Eesti_Vabariigi_Tartu_Ulikool, lk 58
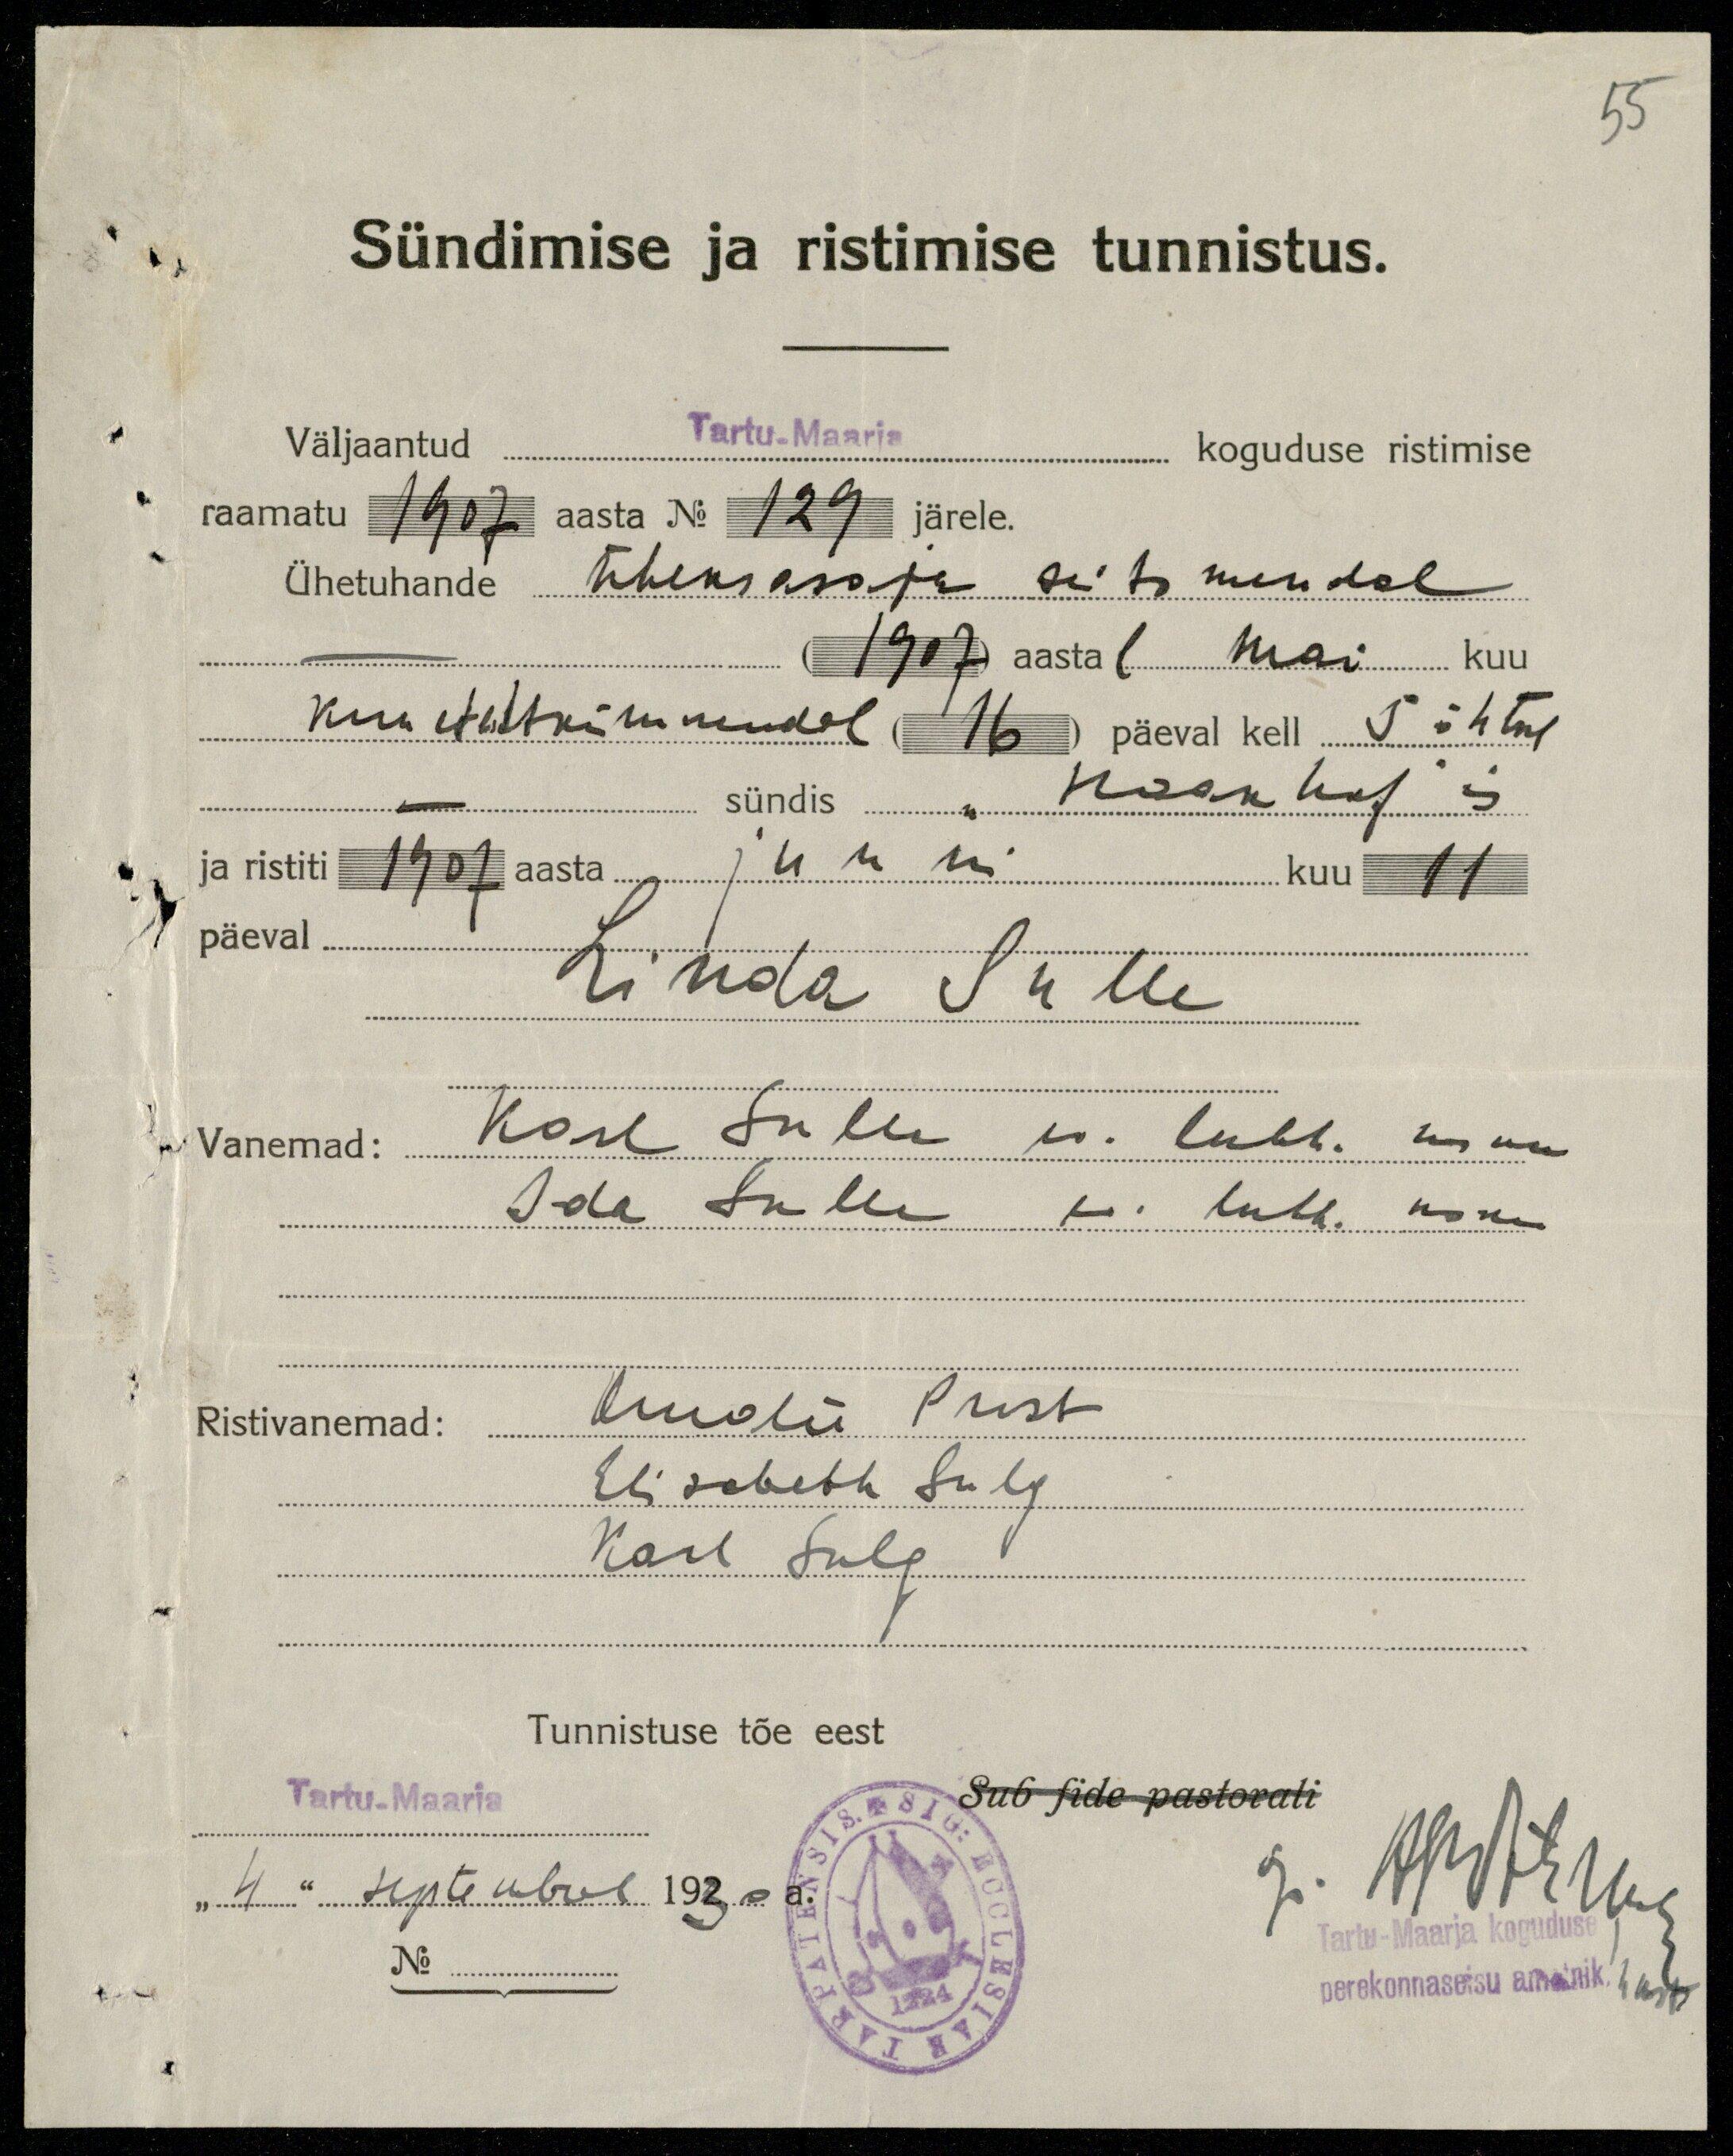
55

Sündimise ja ristimise tunnistus.
Väljaantud Tartu-Maarja koguduse ristimise
raamatu 1907 aasta No 129 järele.
Ühetuhande üheksasaja seitsmendal
(1907) aastal mai kuu
kuueteistkümmendal (16) päeval kell 5 õhtul
sündis "Haakhof"is
ja ristiti 1907 aasta juuni kuu 11
päeval
Linda Sulle
Vanemad:
Karl Sulle ev. luth usku
Ida Sulle ev. luth usku
Ristivanemad: Amalie Pust
Elisabeth Sulg
Karl Sulg
Tunnistuse tõe eest
Tartu-Maarja
Sub fide pastorali
"4" septembril 1930 a.
No
G. Аельтни
Tartu-Maarja koguduse
perekonnaseisu ametnik